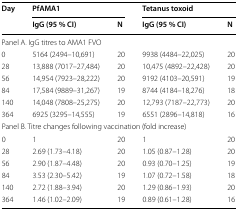
| <ROWSPAN=2> Day | <COLSPAN=2> PfAMA1 | <COLSPAN=2> Tetanus toxoid |
 | IgG (95 % CI) | N | IgG (95 % CI) | N |
 | --- | --- | --- | --- | --- |
 | <COLSPAN=5> Panel A. IgG titres to AMA1 FVO |
 | 0 | 5164 (2494–10,691) | 20 | 9938 (4484–22,025) | 20 |
 | 28 | 13,888 (7017–27,484) | 20 | 10,475 (4892–22,428) | 20 |
 | 56 | 14,954 (7923–28,222) | 20 | 9192 (4103–20,591) | 19 |
 | 84 | 17,584 (9889–31,267) | 19 | 8744 (4184–18,276) | 18 |
 | 140 | 14,048 (7808–25,275) | 20 | 12,793 (7187–22,773) | 20 |
 | 364 | 6925 (3295–14,555) | 19 | 6551 (2896–14,818) | 16 |
 | <COLSPAN=5> Panel B. Titre changes following vaccination (fold increase) |
 | 0 | 1 | 20 | 1 | 20 |
 | 28 | 2.69 (1.73–4.18) | 20 | 1.05 (0.87–1.28) | 20 |
 | 56 | 2.90 (1.87–4.48) | 20 | 0.93 (0.70–1.25) | 19 |
 | 84 | 3.53 (2.30–5.42) | 19 | 1.07 (0.72–1.58) | 18 |
 | 140 | 2.72 (1.88–3.94) | 20 | 1.29 (0.86–1.93) | 20 |
 | 364 | 1.46 (1.02–2.09) | 19 | 0.89 (0.61–1.28) | 16 |